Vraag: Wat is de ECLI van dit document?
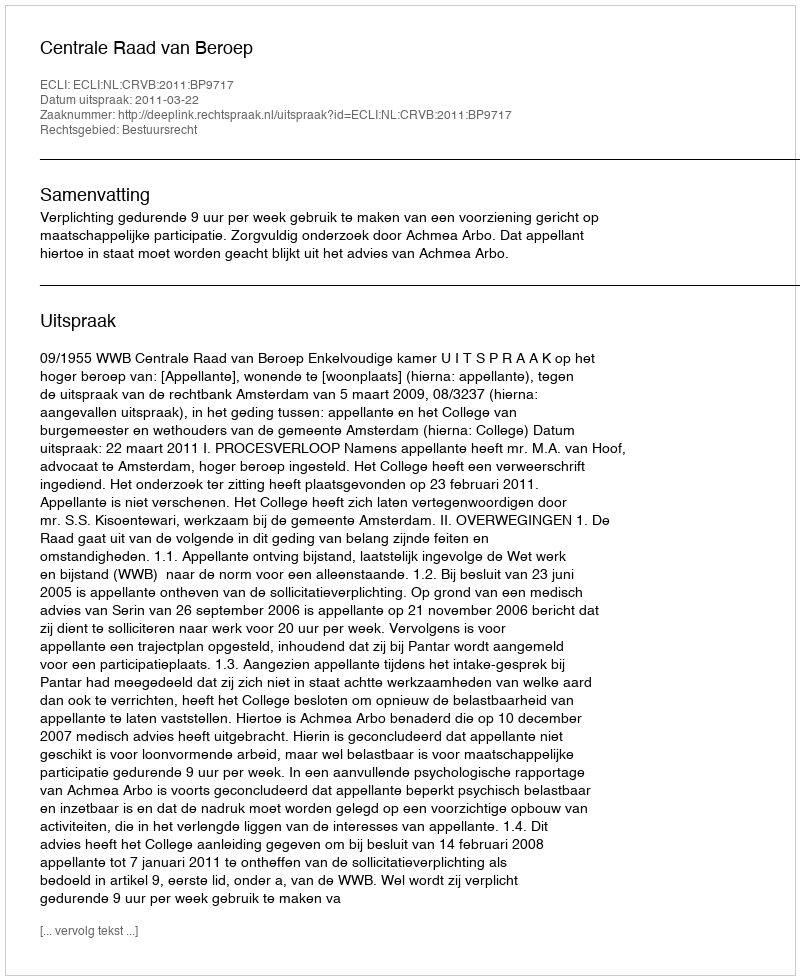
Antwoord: ECLI:NL:CRVB:2011:BP9717